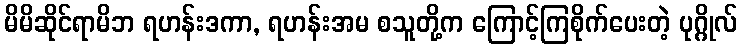
မိမိဆိုင်ရာမိဘ ရဟန်းဒကာ, ရဟန်းအမ စသူတို့က ကြောင့်ကြစိုက်ပေးတဲ့ ပုဂ္ဂိုလ်